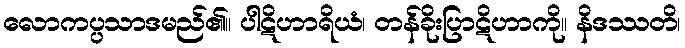
လောကပ္ပသာဒမည်၏။ ပါဋိဟာရိယံ၊ တန်ခိုးပြာဋိဟာကို။ နိဒဿတိ၊